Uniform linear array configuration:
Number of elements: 48
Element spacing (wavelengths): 0.25
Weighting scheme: hann
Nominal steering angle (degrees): -60
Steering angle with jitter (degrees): -60.309
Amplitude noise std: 0.05
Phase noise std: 0.05

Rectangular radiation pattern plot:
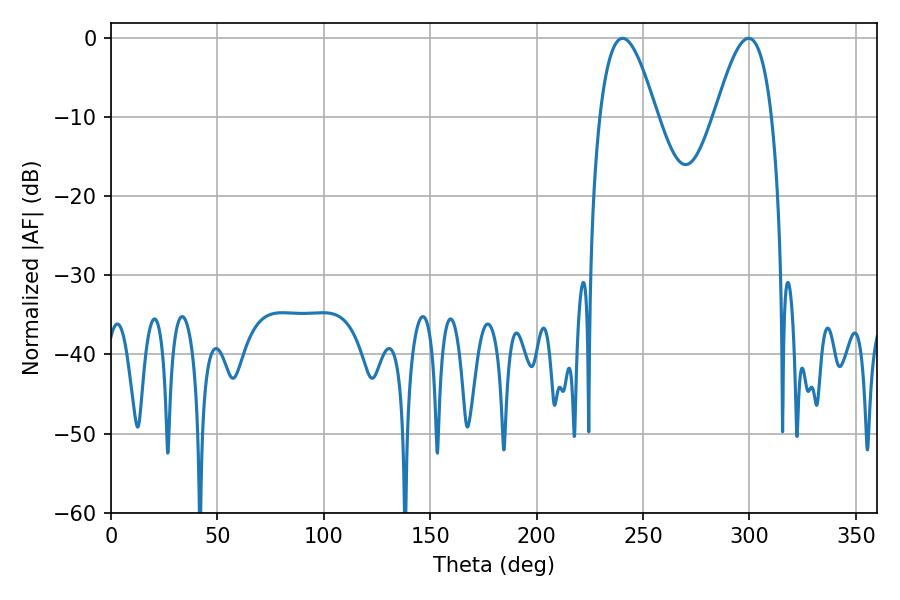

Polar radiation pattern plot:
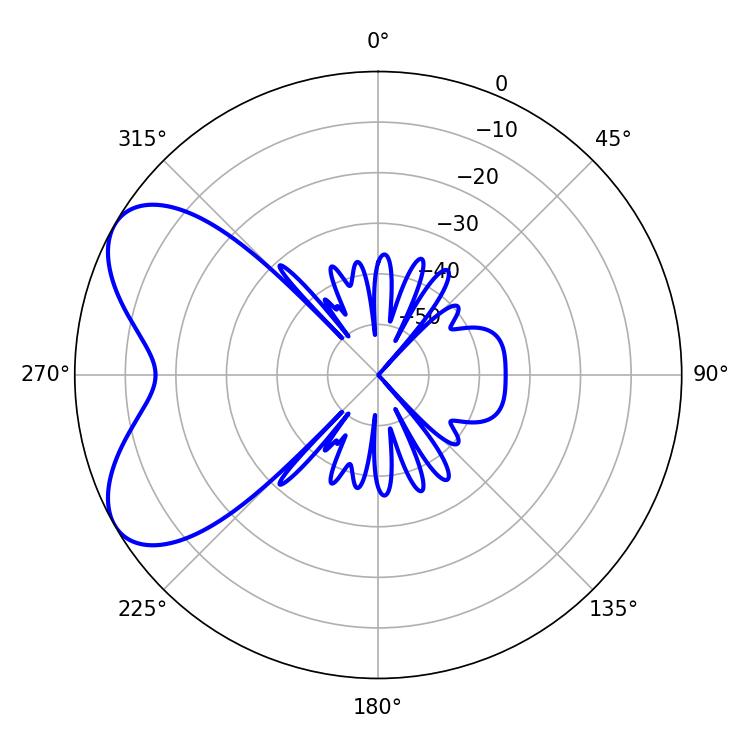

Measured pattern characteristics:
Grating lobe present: FALSE
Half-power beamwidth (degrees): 14.58
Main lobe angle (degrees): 240.48